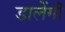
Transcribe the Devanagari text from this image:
डालेंगी